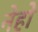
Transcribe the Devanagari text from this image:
नेहो